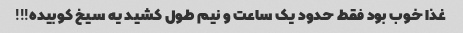
غذا خوب بود فقط حدود یک ساعت و نیم طول کشید یه سیخ کوبیده!!!